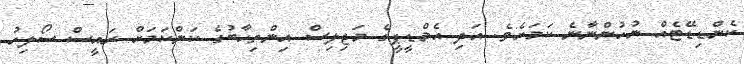
ކެންޑިޑޭޓެއް ނުހުންނާނެ ކަމަށެވެ. އަދި އެމްޑީޕީގެ މަޖިލިސް އިންތިހާބުގެ ކަންކަމަށް ރައީސް ސޯލިހު